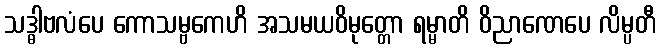
သဒ္ဓါဗလံပေ ကောသမ္ဗကေဟိ အသမယဝိမုတ္တော ရမ္မာတိ ဝိညာဏေပေ လိမ္ပတီ